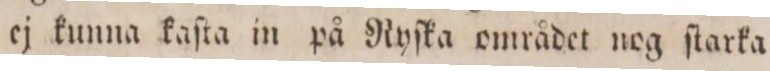
ej kunna kaſta in på Ryſka området nog ſtarka